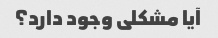
آیا مشکلی وجود دارد؟